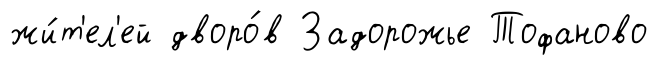
жи́т'ел'ей дворо́в Задорожье Тофаново